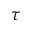
\tau